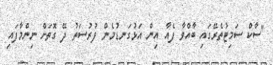
"ސާކް ސަމިޓުތެރޭގައި ބާއްވާ ފެއާ އިން އަޅުގަނޑުމެން ފުރުސަތު ދޭ ގޮތަށް ނިންމާފައި